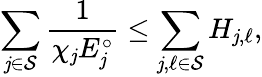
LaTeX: \sum_{\mathit{j}\in\mathcal{{S}}}\frac{{1}}{{\chi_{\mathit{j}}E_{\mathit{j}}^{\circ}}}\le\sum_{\mathit{j},\ell\in\mathcal{{S}}}H_{\mathit{j},\ell},